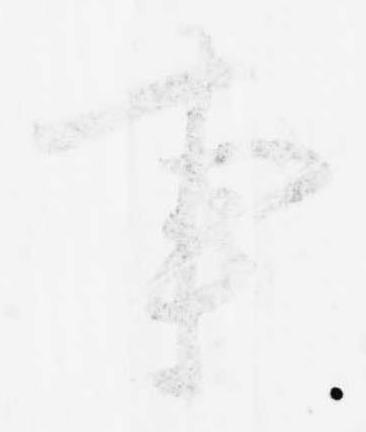
事